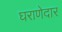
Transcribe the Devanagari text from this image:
घराणेदार